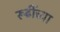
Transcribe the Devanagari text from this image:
रूढींच्या